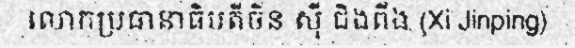
លោកប្រធានាធិបតីចិន ស៊ី ជិងពីង (Xi Jinping)